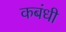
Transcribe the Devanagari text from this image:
कबंधी